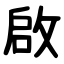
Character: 啟